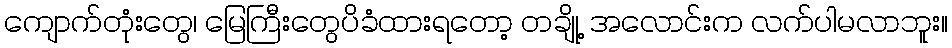
ကျောက်တုံးတွေ၊ မြေကြီးတွေပိခံထားရတော့ တချို့ အလောင်းက လက်ပါမလာဘူး။